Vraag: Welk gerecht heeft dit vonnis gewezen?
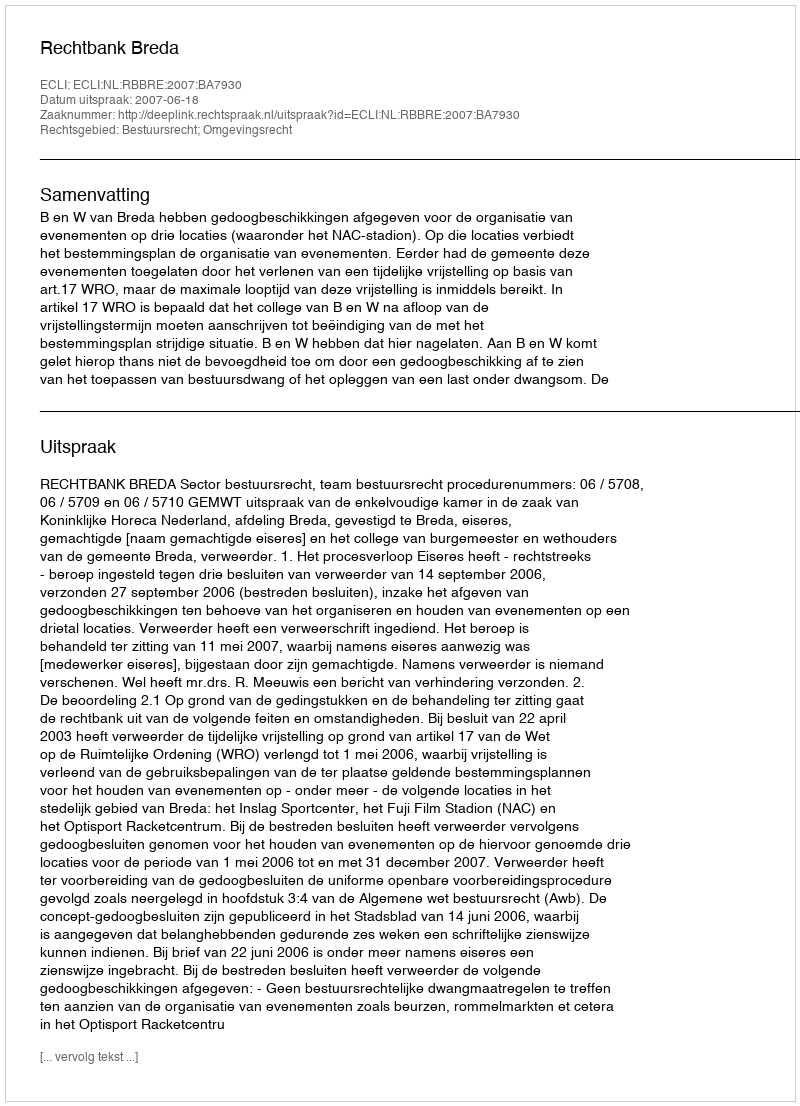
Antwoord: Rechtbank Breda